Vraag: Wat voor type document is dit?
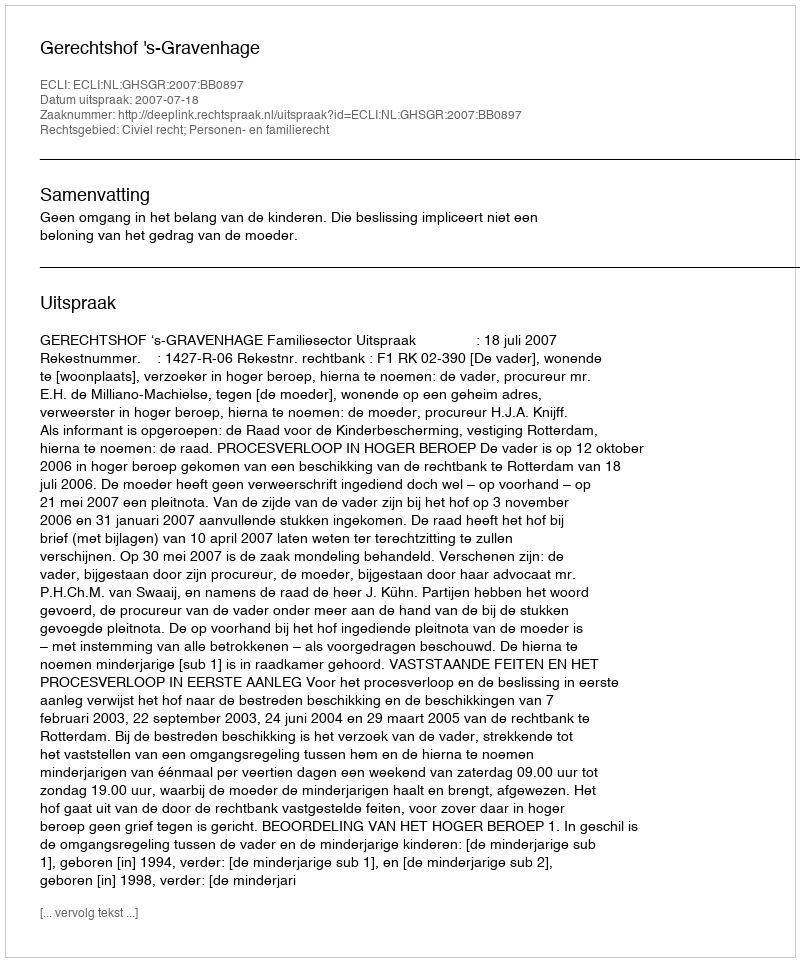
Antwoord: Uitspraak